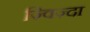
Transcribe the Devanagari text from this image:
ज़्विज़्दा